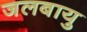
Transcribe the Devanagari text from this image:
जलबायु